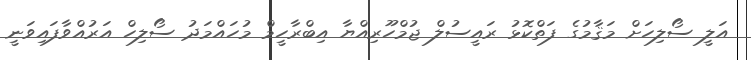
އަލީ ސޯލިހަށް މަޤާމުގެ ފަތްކޮޅު ރައީސުލް ޖުމްހޫރިއްޔާ އިބްރާހީމް މުހައްމަދު ސޯލިހް އަރުއްވާފައިވަނީ